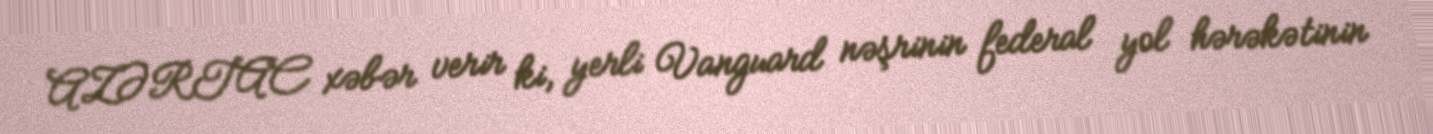
AZƏRTAC xəbər verir ki, yerli Vanguard nəşrinin federal yol hərəkətinin